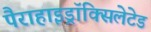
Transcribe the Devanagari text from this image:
पैराहाइड्रॉक्सिलेटेड